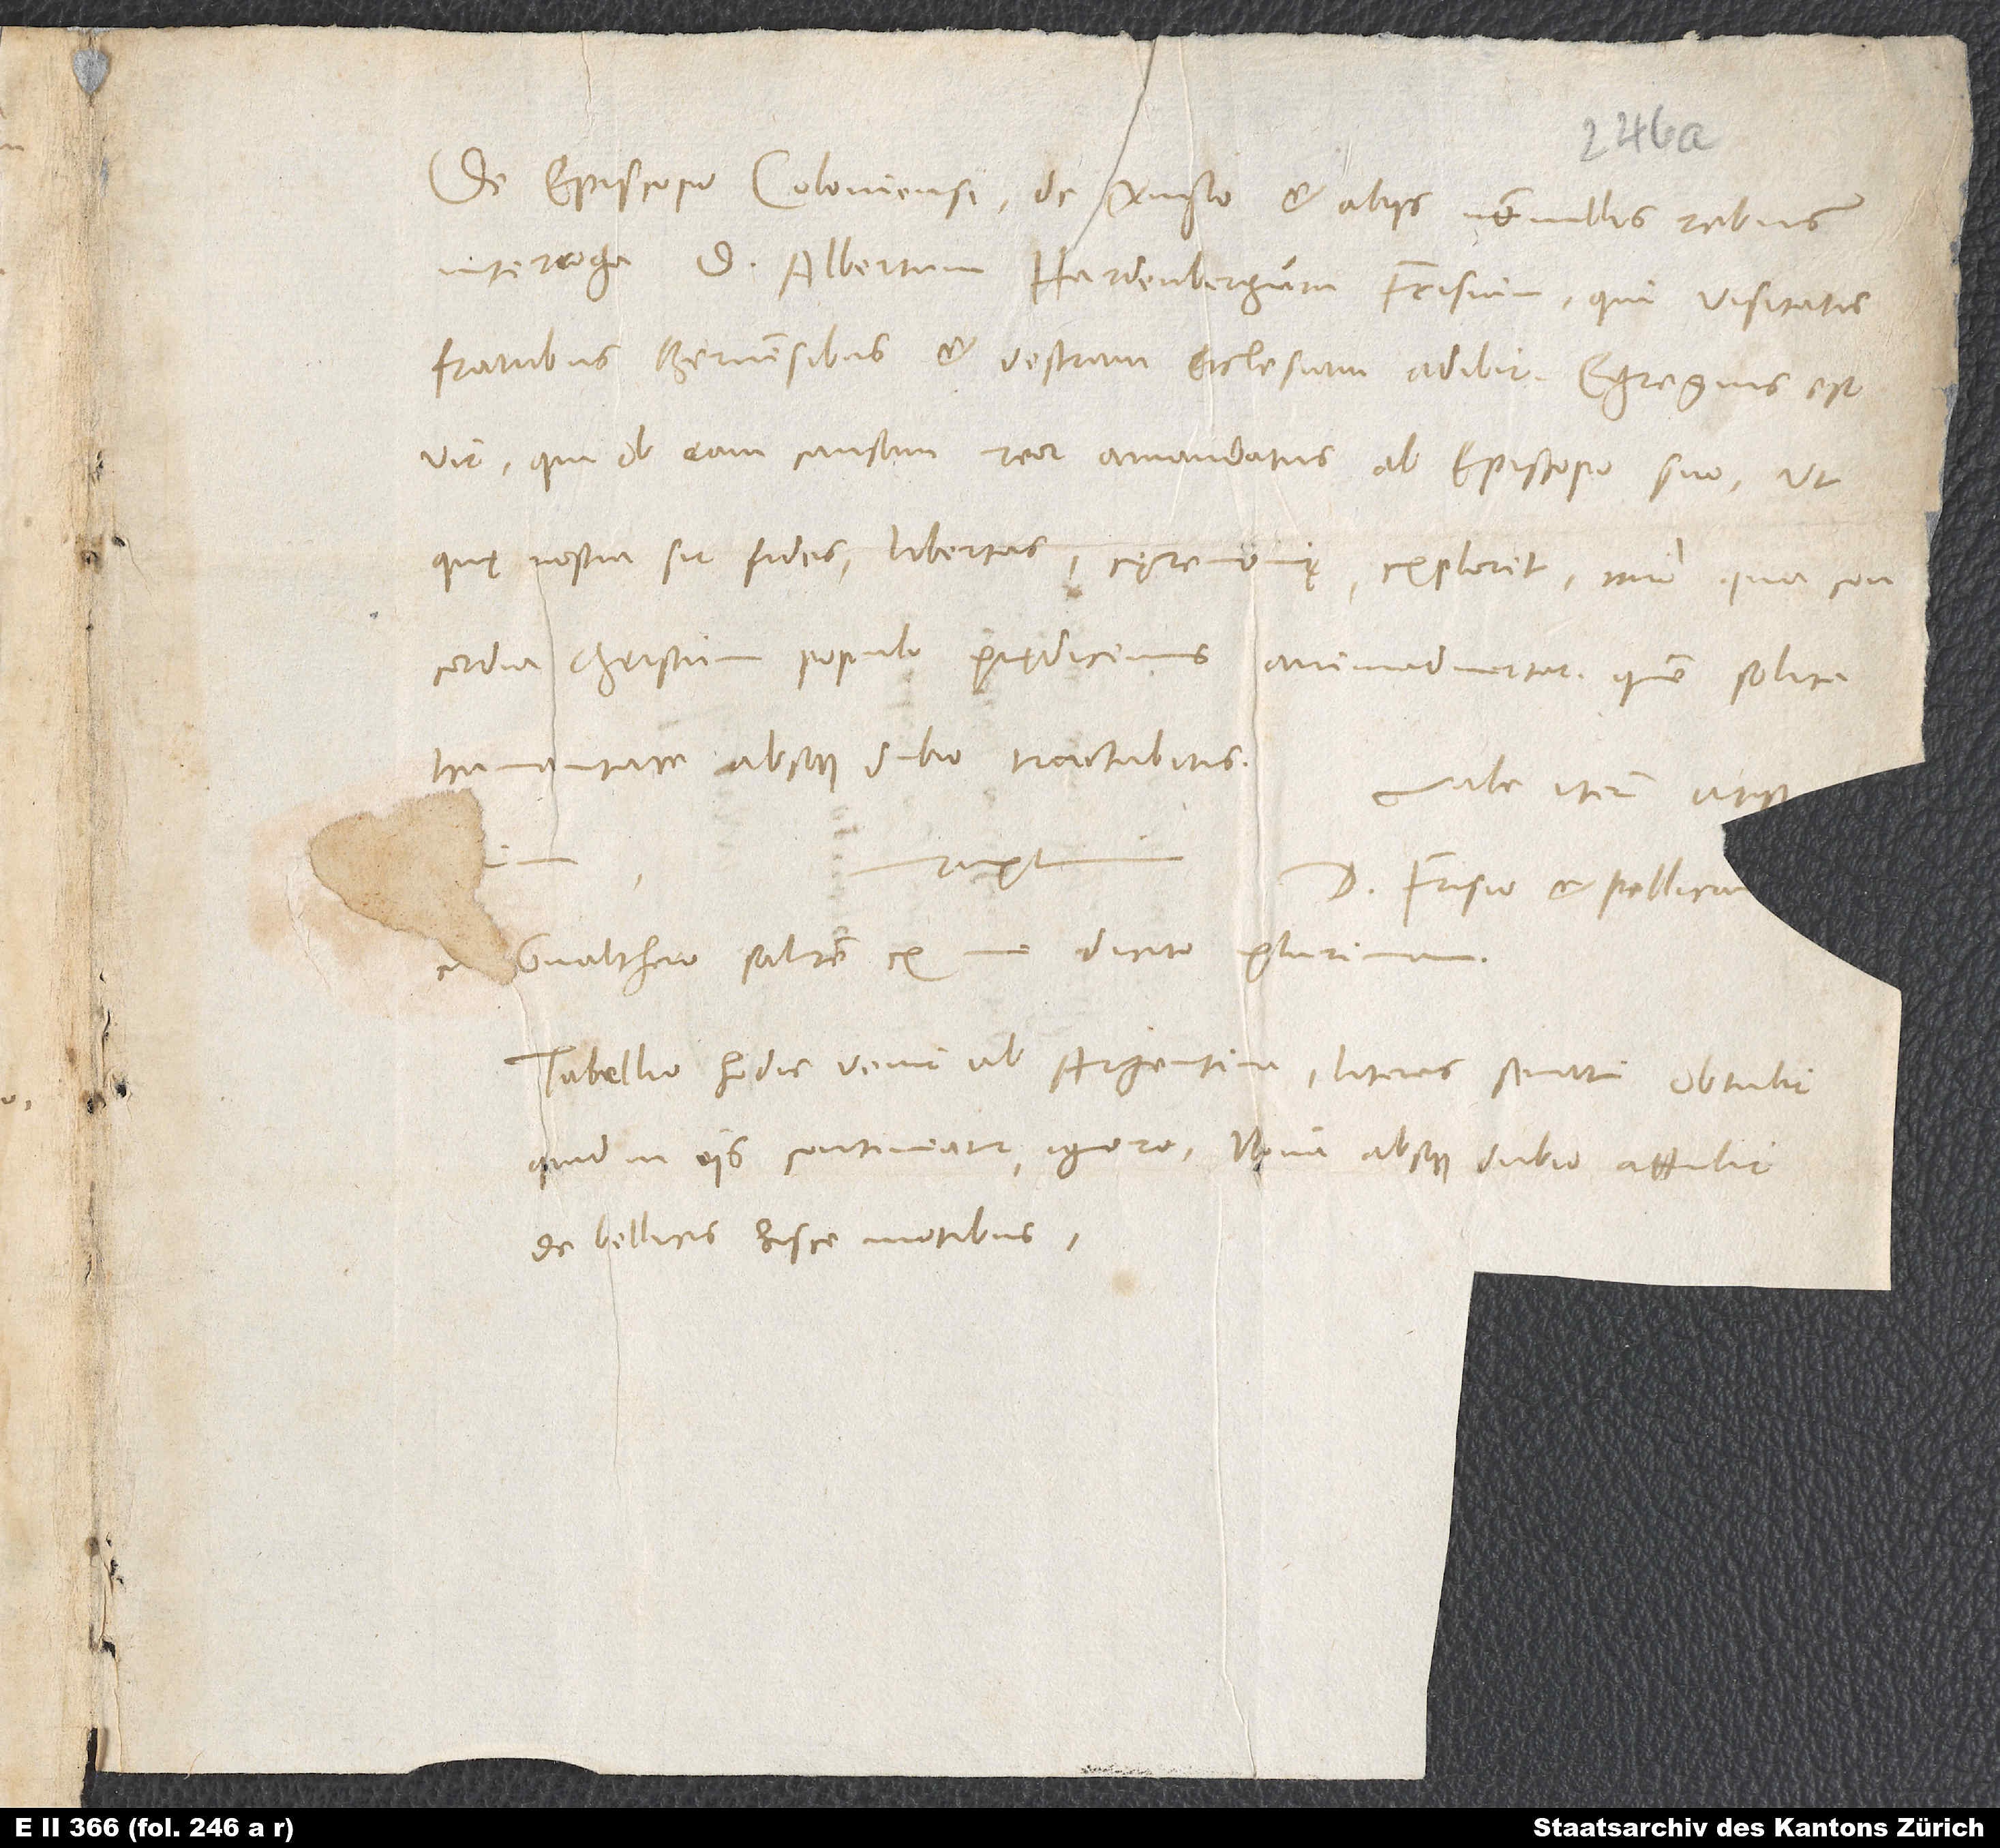
De episcopo Coloniensi, de Anglo et aliis nonnullis rebus
interroga d Albertum Hardenbergum Frisium, qui visitatis
fratribus Bernensibus et vestram ecclesiam adibit. Egregius est
vir, qui ob eam causam, reor, amandatus ab episcopo suo, ut,
quę nostra fides, libertas, cęremonię exploret, imo qua concordia
humanitate absque dubio tractabitis.
Vale iterum atq
Gvalthero salutem ex me dicito plurimam.
Tabellio hodie venit ab Argentina, literas senatui obtulit;
quid in eis contineatur, ignoro. Nova absque dubio attulit
de bellicis hisce motibus.